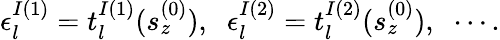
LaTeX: \epsilon_{l}^{I(1)}=t_{l}^{I(1)}(s_{z}^{(0)}),\; \; \epsilon_{l}^{I(2)}=t_{l}^{I(2)}(s_{z}^{(0)}),\; \; \cdots.